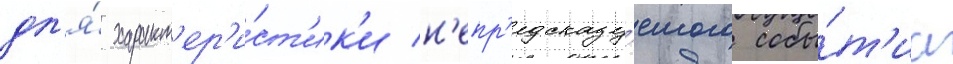
дл'я́ характ'ер'и́ст'ик'и н'епр'едсказу́емого собы́т'иа